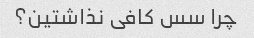
چرا سس کافی نذاشتین؟